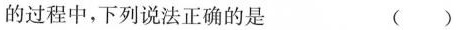
的过程中，下列说法正确的是 ()